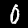
Digit: 0